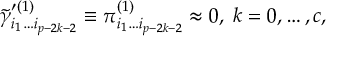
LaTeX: \tilde { \gamma } _ { i _ { 1 } \ldots i _ { p - 2 k - 2 } } ^ { \prime ( 1 ) } \equiv \pi _ { i _ { 1 } \ldots i _ { p - 2 k - 2 } } ^ { ( 1 ) } \approx 0 , \; k = 0 , \ldots , c ,